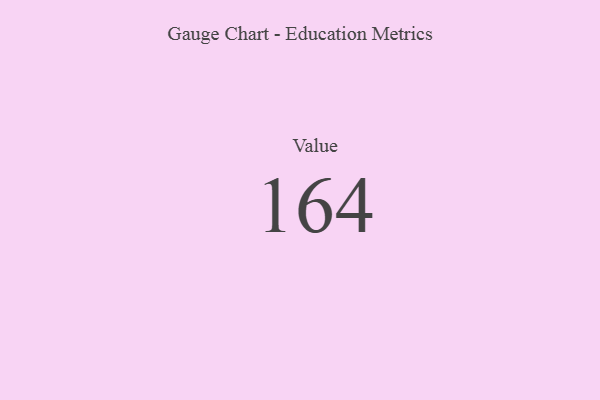
{"axis": {"x": "Metric", "y": "Value"}, "legend": [""], "data": [{"x": "Value", "y": 164, "type": ""}]}